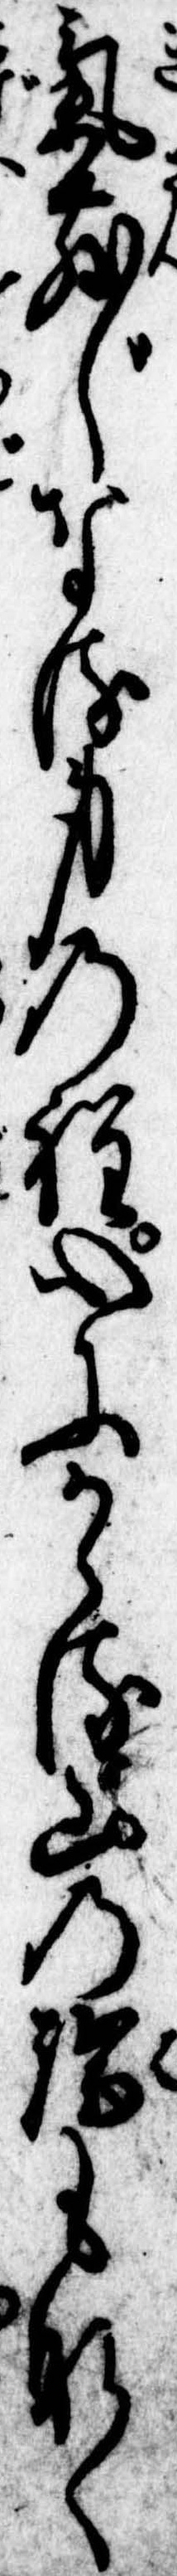
気散じなる身の程心にかゝる山の端もなく